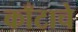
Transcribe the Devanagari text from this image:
काँटाचे